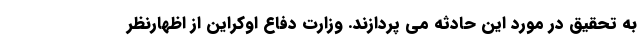
به تحقیق در مورد این حادثه می پردازند. وزارت دفاع اوکراین از اظهارنظر